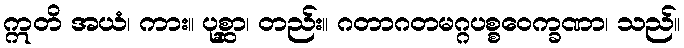
ဣတိ အယံ၊ ကား။ ပုစ္ဆာ၊ တည်း။ ဂတာဂတမဂ္ဂပစ္စဝေက္ခဏာ၊ သည်။